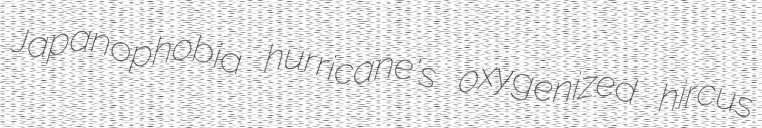
Japanophobia hurricane's oxygenized hircus